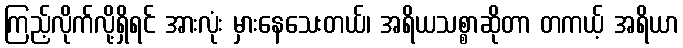
ကြည့်လိုက်လို့ရှိရင် အားလုံး မှားနေသေးတယ်၊ အရိယသစ္စာဆိုတာ တကယ့် အရိယာ